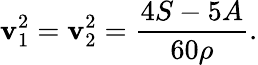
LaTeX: \mathbf{v}_{1}^{2}=\mathbf{v}_{2}^{2}=\frac{{4S-5A}}{{60\rho}}.